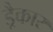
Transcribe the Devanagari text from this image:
ड्रैकार